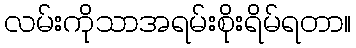
လမ်းကိုသာအရမ်းစိုးရိမ်ရတာ။